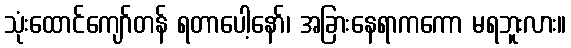
သုံးထောင်ကျော်တန် ရတာပေါ့နော်၊ အခြားနေရာကကော မရဘူးလား။